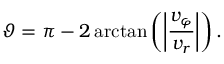
\vartheta = \pi - 2 \arctan \left( \left| \frac { v _ { \varphi } } { v _ { r } } \right| \right) .